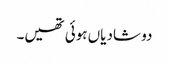
دو شادیاں ہوئی تھیں۔